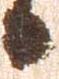
候